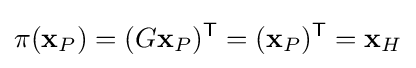
\pi (\mathbf {x} _{P})=(G\mathbf {x} _{P})^{\mathsf {T}}=(\mathbf {x} _{P})^{\mathsf {T}}=\mathbf {x} _{H}